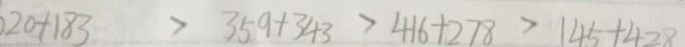
1 2 0 + 1 8 3 > 3 5 9 + 3 4 3 > 4 1 6 + 2 7 8 > 1 4 5 + 4 2 8